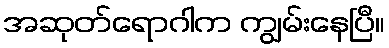
အဆုတ်ရောဂါက ကျွမ်းနေပြီ။